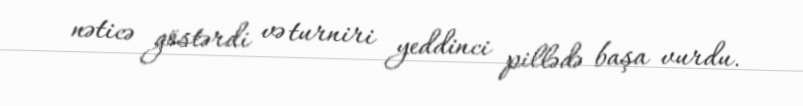
nəticə göstərdi və turniri yeddinci pillədə başa vurdu.